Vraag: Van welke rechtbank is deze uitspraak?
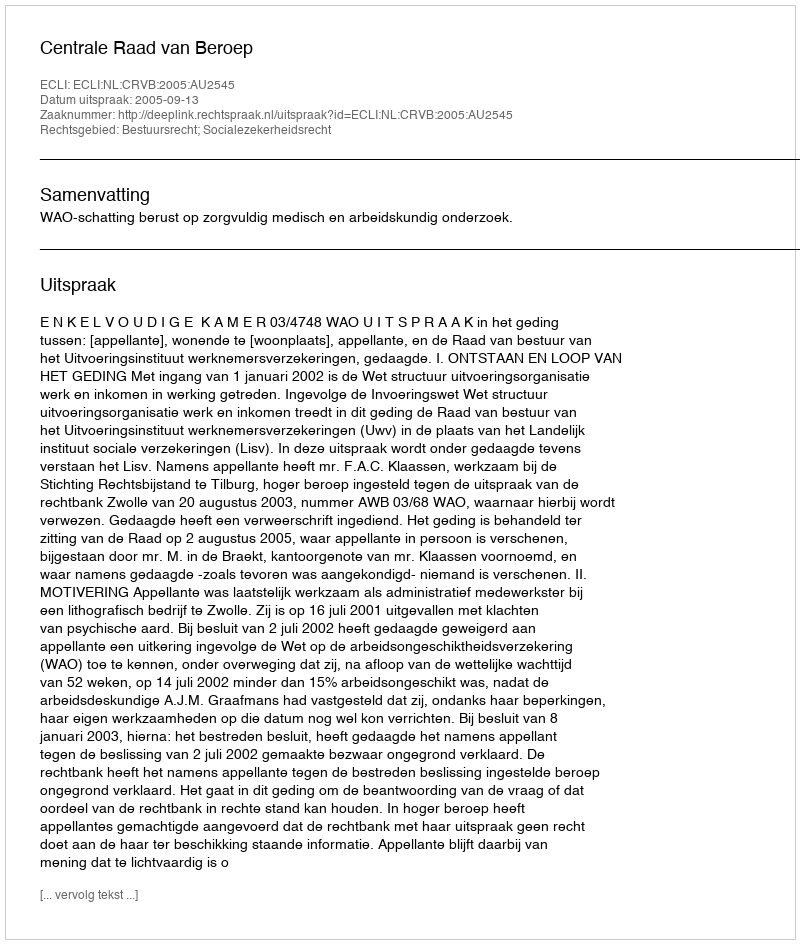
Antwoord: Centrale Raad van Beroep